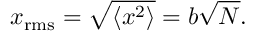
x _ { \mathrm { r m s } } = { \sqrt { \langle x ^ { 2 } \rangle } } = b { \sqrt { N } } .